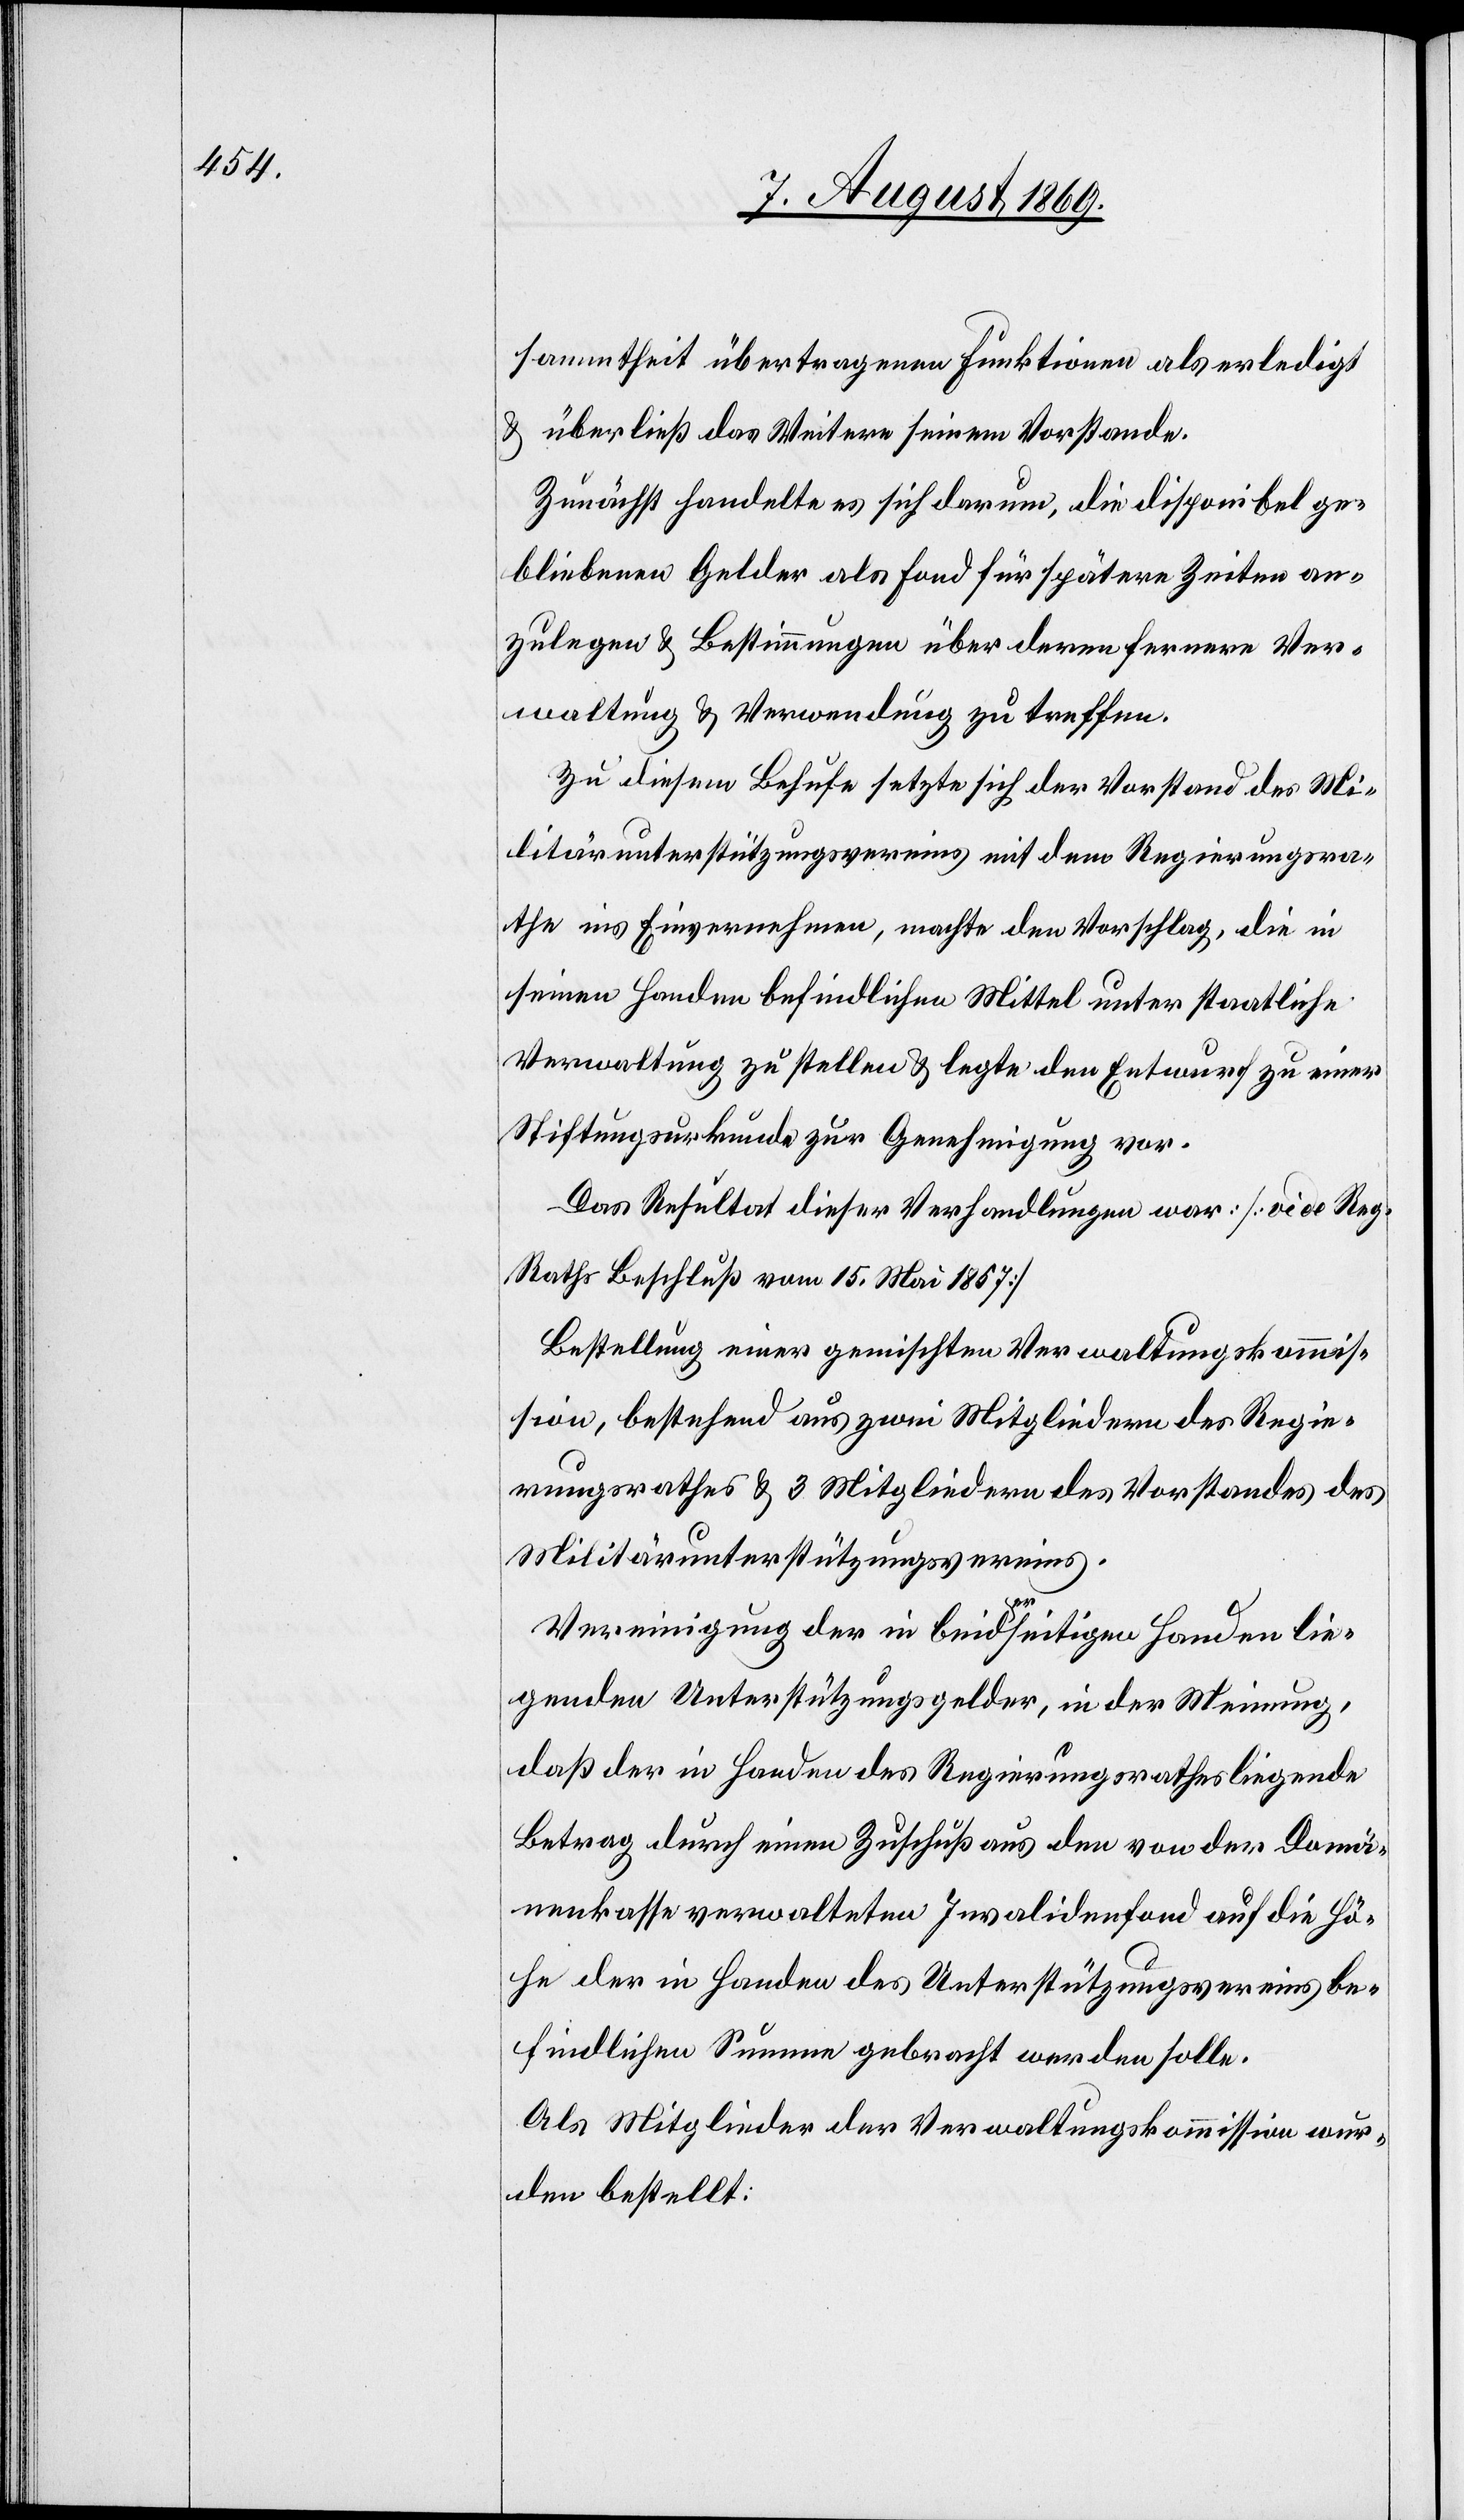
sammtheit übertragenen Funktionen als erledigt
& überließ das Weitere seinem Vorstande.
Zunächst handelte es sich darum, die disponibel ge¬
bliebenen Gelder als Fond für spätere Zeiten an¬
zulegen & Bestimmungen über deren fernere Ver¬
waltung & Verwendung zu treffen.
Zu diesem Beschlusse setzte sich der Vorstand des Mi¬
litärunterstützungsvereines mit dem Regierungsra¬
the ins Einvernehmen, machte den Vorschlag, die in
seinen Handen befindlichen Mittel unter staatliche
Verwaltung zu stellen & legte den Entwurf zu einer
Stiftungsurkunde zur Genehmigung vor.
Das Resultat dieser Verhandlungen war [vide R¬
aths Beschluß vom 15. Mai 1857]
Bestellung einer gemischten Verwaltungskommis¬
sion, bestehend aus zwei Mitgliedern des Regie¬
rungsrathes & 3 Mitgliedern des Vorstandes des
Militärunterstützungsvereines.
Vereinigung der in beiderseitigen Handen lie¬
genden Unterstützungsgelder, in der Meinung,
daß der in Handen des Regierungsrathes liegende
Betrag durch einen Zuschuß aus dem von der Domä¬
nenkasse verwalteten Invalidenfond auf die Hö¬
he der in Handen des Unterstützungsvereins be¬
findlichen Summe gebracht werden solle.
Als Mitglieder der Verwaltungskommission wur¬
den bestellt: